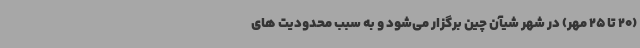
(20 تا 25 مهر) در شهر شیآن چین برگزار می‌شود و به سبب محدودیت های